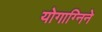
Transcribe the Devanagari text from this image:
योगाग्निने